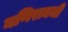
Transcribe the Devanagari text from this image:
मणिरामजी